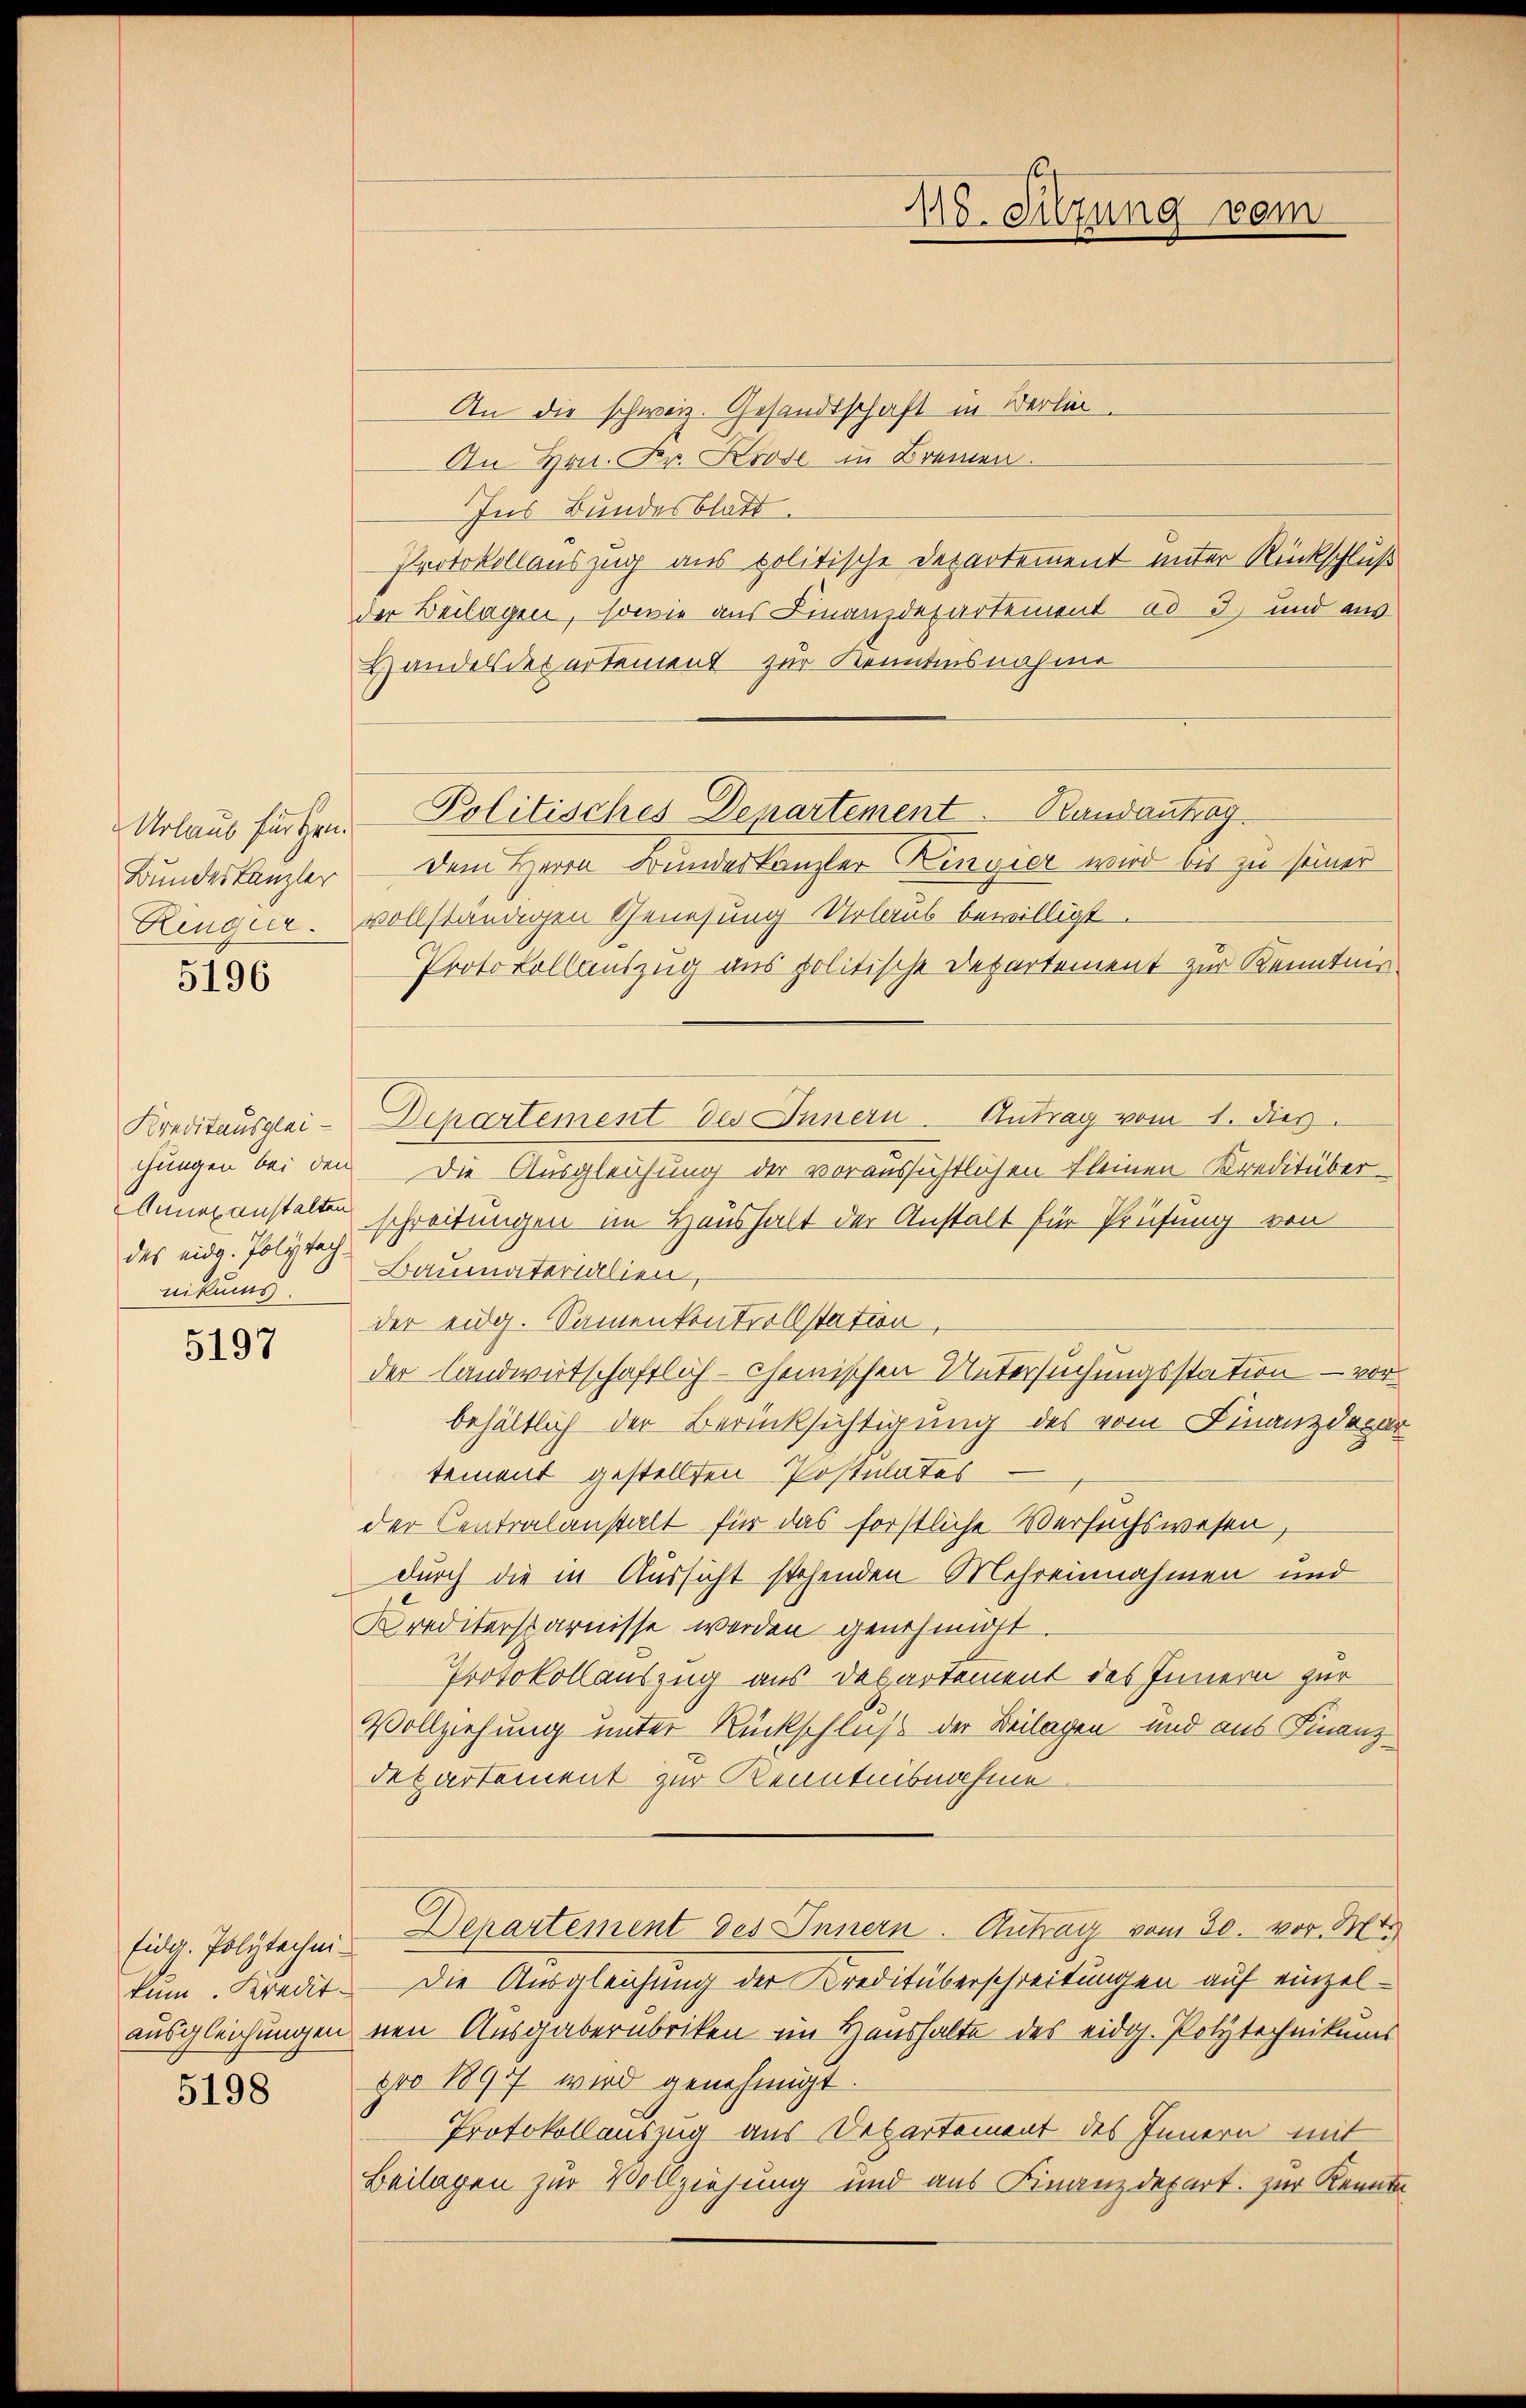
Urlaub für Hrn.
Bundeskanzler

5196

Kreditausgleichungen bei den
Annezanstalten
das eidg. Polytechnikums

5197

fidg. Polytechnikum. Kredit-
ausgleichungen

5198

An die schweiz. Gesandtschaft in Berlin¬
An Hrn. Fr. Krose in Bremen.
Ins Bundesblatt
Protokollauszug aus politische Departement unter Rückschluß
der Beilagen, sowie aus Finanzdepartement ad 3) und aus
Handels des artement zur Kenntnisnahme
dem Herrn Bundeskanzler Kingier wird bis zu seiner
Rengier. vollständigen Genesung Urlaub bewilligt.
Protokollauszug aus politische Departement zur Kenntnis
Departement des Innern Antrag vom 1. dies
Die Ausgleichung der voraussichtlichen kleinen Kreditüberschreitungen im Haushalt der Anstalt für Prüfung von
Baumaterialien,
der eidg. Samenkontrollstation,
der Landwirtschaftlich-cheinischen Untersuchungsstation - vorbehältlich der Berücksichtigung des vom Finanzdepar
tement gestellten Postulates
der Centralanstalt für das forstliche Versuchswesen,
durch die in Aussicht stehenden Mehreinnahmen und
Kreditersparnisse werden genehmigt
Protokollauszug aus Departement des Innern zur
Vollziehung unter Rückschluß der Beilagen und aus Finanz¬
Departement zur Kenntnisnahme
Departement des Innern. Antrag vom 30. vor. Mts.
Die Ausgleichung der Kreditüberschreitungen auf einzelnen Ausgaberubriken im Haushalte des eidg. Polytechnikums
pro 1890 wird genehmigt.
Protokollauszug aus Departement des Innern mit
Beilagen zur Vollziehung und aus Finanzdepart. zur Kennt

Politisches Departement. Randantrag

118. Sitzung vom